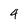
Character: 4